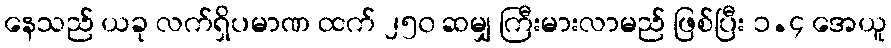
နေသည် ယခု လက်ရှိပမာဏ ထက် ၂၅၀ ဆမျှ ကြီးမားလာမည် ဖြစ်ပြီး ၁.၄ အေယူ